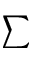
\sum